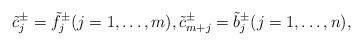
LaTeX: \begin{align*}\tilde c_j^\pm = \tilde f_j^\pm (j=1,\ldots,m), \tilde c_{m+j}^\pm = \tilde b_j^\pm (j=1,\ldots,n),\end{align*}